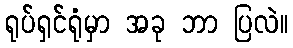
ရုပ်ရှင်ရုံမှာ အခု ဘာ ပြလဲ။